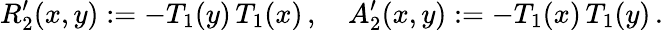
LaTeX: R_{2}^{\prime}(x,y):=-T_{1}(y)\, T_{1}(x)\, ,\quad A_{2}^{\prime}(x,y):=-T_{1}(x)\, T_{1}(y)\, .